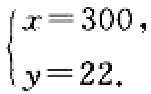
\[

\begin{cases}

x = 300, \\

y = 22.

\end{cases}

\]